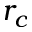
r _ { c }